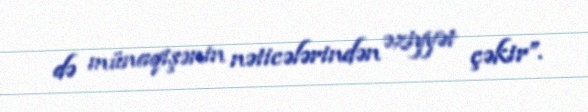
də münaqişənin nəticələrindən əziyyət çəkir”.